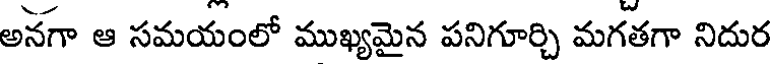
అనగా ఆ సమయంలో ముఖ్యమైన పనిగూర్చి మగతగా నిదుర